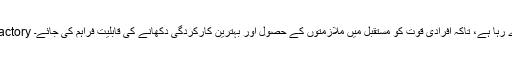
LMKT اسپارک (SPARK)آٰایک اعلیٰ تربیتی ادارہ ہے جو APPFactory کی سہولت کے ذریعے نوجوانوں میں ان جدید صلاحیتوں کو فروغ دے رہا ہے، تاکہ افرادی قوت کو مستقبل میں ملازمتوں کے حصول اور بہترین کارکردگی دکھانے کی قابلیت فراہم کی جائے۔